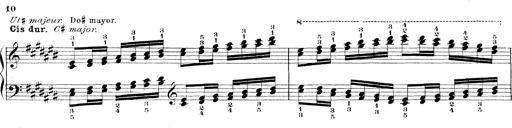
Title: Technische Studien
Composer: Franz Liszt